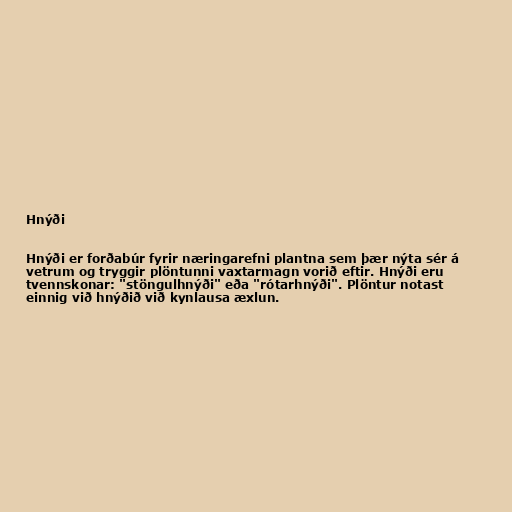
Hnýði

Hnýði er forðabúr fyrir næringarefni plantna sem þær nýta sér á
vetrum og tryggir plöntunni vaxtarmagn vorið eftir. Hnýði eru
tvennskonar: "stöngulhnýði" eða "rótarhnýði". Plöntur notast
einnig við hnýðið við kynlausa æxlun.